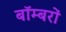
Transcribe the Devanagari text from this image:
बाॅम्बरों